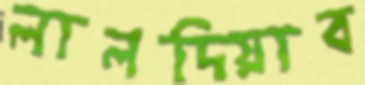
লালদিয়াব